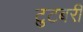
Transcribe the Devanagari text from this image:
टुटबरी